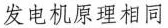
发电机原理相同